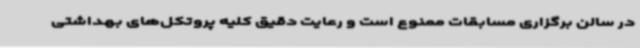
در سالن برگزاری مسابقات ممنوع است و رعایت دقیق کلیه پروتکل‌های بهداشتی